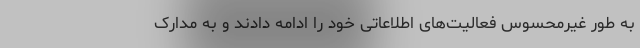
به طور غیرمحسوس فعالیت‌های اطلاعاتی خود را ادامه دادند و به مدارک